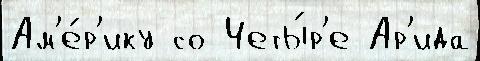
Ам'е́р'ику со Четы́р'е Ар'ида